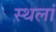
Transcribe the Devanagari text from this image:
स्थलां